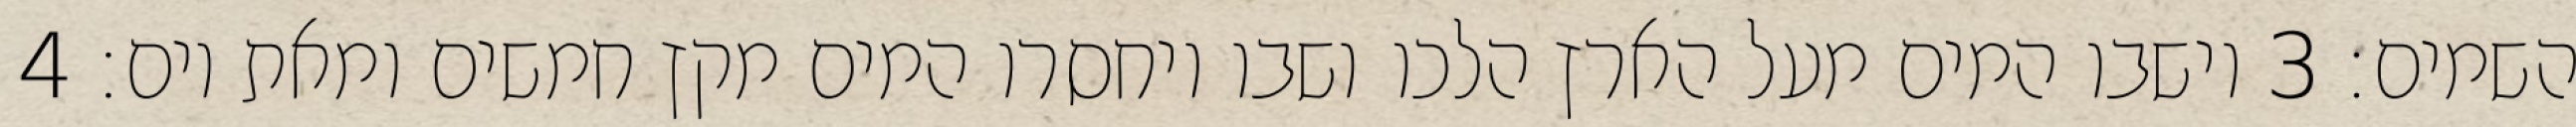
השמים׃ ‎3‏ וישבו המים מעל הארץ הלכו ושבו ויחסרו המים מקץ חמשים ומאת יום׃ ‎4‏